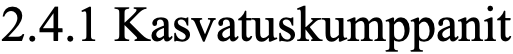
2.4.1 Kasvatuskumppanit